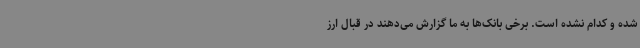
شده و کدام نشده است. برخی بانک‌ها به ما گزارش می‌دهند در قبال ارز